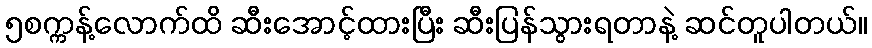
၅စက္ကန့်လောက်ထိ ဆီးအောင့်ထားပြီး ဆီးပြန်သွားရတာနဲ့ ဆင်တူပါတယ်။